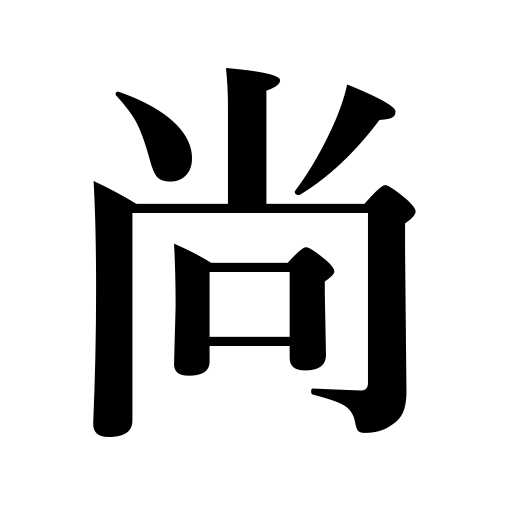
Meanings: yet,still,still more,further,furthermore,just like